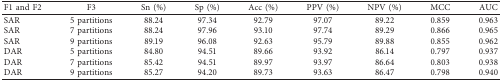
<table><thead><tr><td><b>F1 and F2</b></td><td><b>F3</b></td><td><b>Sn (%)</b></td><td><b>Sp (%)</b></td><td><b>Acc (%)</b></td><td><b>PPV (%)</b></td><td><b>NPV (%)</b></td><td><b>MCC</b></td><td><b>AUC</b></td></tr></thead><tbody><tr><td>SAR</td><td>5 partitions</td><td>88.24</td><td>97.34</td><td>92.79</td><td>97.07</td><td>89.22</td><td>0.859</td><td>0.963</td></tr><tr><td>SAR</td><td>7 partitions</td><td>88.24</td><td>97.96</td><td>93.10</td><td>97.74</td><td>89.29</td><td>0.866</td><td>0.965</td></tr><tr><td>SAR</td><td>9 partitions</td><td>89.19</td><td>96.08</td><td>92.63</td><td>95.79</td><td>89.88</td><td>0.855</td><td>0.962</td></tr><tr><td>DAR</td><td>5 partitions</td><td>84.80</td><td>94.51</td><td>89.66</td><td>93.92</td><td>86.14</td><td>0.797</td><td>0.937</td></tr><tr><td>DAR</td><td>7 partitions</td><td>85.42</td><td>94.51</td><td>89.97</td><td>93.97</td><td>86.64</td><td>0.803</td><td>0.938</td></tr><tr><td>DAR</td><td>9 partitions</td><td>85.27</td><td>94.20</td><td>89.73</td><td>93.63</td><td>86.47</td><td>0.798</td><td>0.940</td></tr></tbody></table>